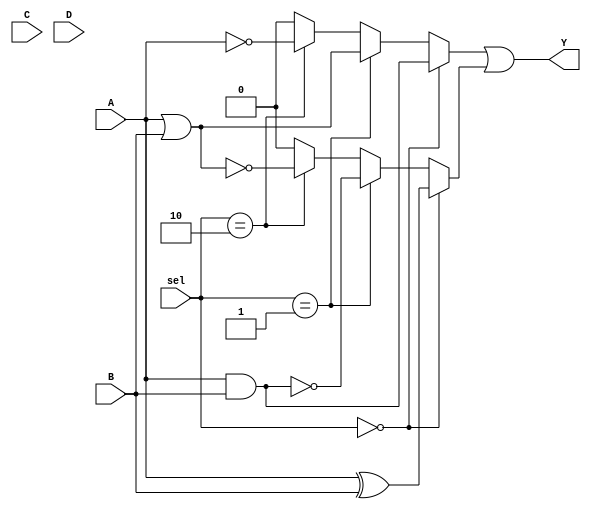
module CLB (
    input wire A,        // Input A
    input wire B,        // Input B
    input wire C,        // Input C
    input wire D,        // Input D
    input wire [1:0] sel, // Select line for logic cell configuration
    output wire Y        // Output Y
);

// Internal signals for logic cell outputs
wire logic_cell_1_out;
wire logic_cell_2_out;

// Logic Cell 1: Example configuration (AND, OR, NOT based on sel)
assign logic_cell_1_out = (sel == 2'b00) ? (A & B) : // AND
                          (sel == 2'b01) ? (A | B) : // OR
                          (sel == 2'b10) ? (~A) :    // NOT
                          1'b0;                       // Default case

// Logic Cell 2: Example configuration (XOR, NAND, NOR based on sel)
assign logic_cell_2_out = (sel == 2'b00) ? (A ^ B) : // XOR
                          (sel == 2'b01) ? ~(A & B) : // NAND
                          (sel == 2'b10) ? ~(A | B) : // NOR
                          1'b0;                        // Default case

// Output logic combining the outputs of the logic cells
assign Y = logic_cell_1_out | logic_cell_2_out; // Example output logic

endmodule